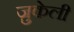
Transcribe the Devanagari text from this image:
ज़ुकेली